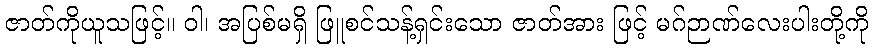
ဇာတ်ကိုယူသဖြင့်။ ဝါ၊ အပြစ်မရှိ ဖြူစင်သန့်ရှင်းသော ဇာတ်အား ဖြင့် မဂ်ဉာဏ်လေးပါးတို့ကို